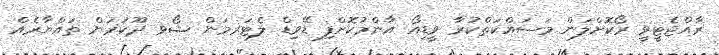
ރާއްޖެޓީވީ ރޯކޮށްލަން މަސައްކަތްކުރާ ވީޑިއޯ އާންމުކޮށްފި ޑޭވިޑް ލެޓަރމަން ޝޯވ ދޫކުރަން ތައްޔާރެއް